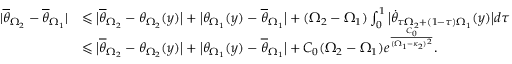
\begin{array} { r l } { | \overline { \theta } _ { \Omega _ { 2 } } - \overline { \theta } _ { \Omega _ { 1 } } | } & { \leqslant \big | \overline { \theta } _ { \Omega _ { 2 } } - \theta _ { \Omega _ { 2 } } ( y ) \big | + \big | \theta _ { \Omega _ { 1 } } ( y ) - \overline { \theta } _ { \Omega _ { 1 } } \big | + ( \Omega _ { 2 } - \Omega _ { 1 } ) \int _ { 0 } ^ { 1 } \big | \dot { \theta } _ { \tau \Omega _ { 2 } + ( 1 - \tau ) \Omega _ { 1 } } ( y ) \big | d \tau } \\ & { \leqslant \big | \overline { \theta } _ { \Omega _ { 2 } } - \theta _ { \Omega _ { 2 } } ( y ) \big | + \big | \theta _ { \Omega _ { 1 } } ( y ) - \overline { \theta } _ { \Omega _ { 1 } } \big | + C _ { 0 } ( \Omega _ { 2 } - \Omega _ { 1 } ) e ^ { \frac { C _ { 0 } } { ( \Omega _ { 1 } - \kappa _ { 2 } ) ^ { 2 } } } . } \end{array}